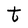
Character: t